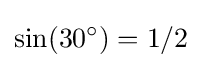
\sin(30^{\circ })=1/2